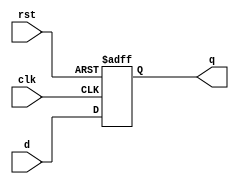
`timescale 1ns/1ps
module d_ff (q,d,clk,rst);
  input clk,rst,d;
  output reg q;
  
  always @ (posedge clk, posedge rst) begin
    if (rst)
      q<=0;
    else q<=d;
  end
endmodule


`timescale 1ns/1ps
module dff_tb();
  reg clk,d,rst;
  wire q;
  
  d_ff dff1 (.clk(clk), .d(d), .rst(rst), .q(q));
  
  initial begin
    clk = 0;
    rst =1;
    d =0;
    $dumpfile("dff_tb.vcd");
    $dumpvars;
    
  end
  
  
  always clk =#5 ~clk;
  
  initial begin
    #2 rst =0;
    repeat(10) #10 d=~d;
    #200 $finish;
  end
  
endmodule